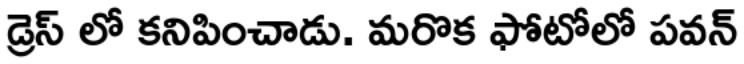
డ్రెస్ లో కనిపించాడు. మరొక ఫోటోలో పవన్